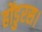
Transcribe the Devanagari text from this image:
होंडुरस।